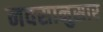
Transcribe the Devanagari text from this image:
नवसानुसार